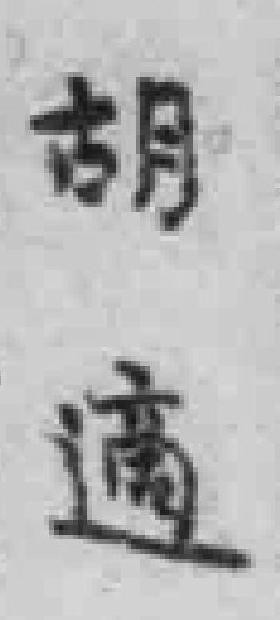
胡適